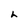
Character: h